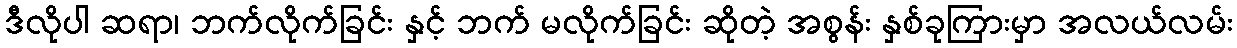
ဒီလိုပါ ဆရာ၊ ဘက်လိုက်ခြင်း နှင့် ဘက် မလိုက်ခြင်း ဆိုတဲ့ အစွန်း နှစ်ခုကြားမှာ အလယ်လမ်း